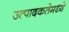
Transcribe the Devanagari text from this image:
उत्पादकतेमध्ये